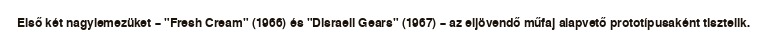
Első két nagylemezüket – "Fresh Cream" (1966) és "Disraeli Gears" (1967) – az eljövendő műfaj alapvető prototípusaként tisztelik.